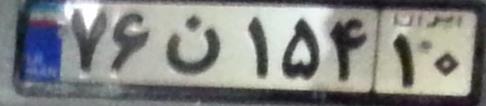
۷۶ن۱۵۴۱۰